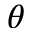
\theta